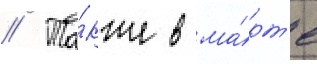
// Та́кже в ма́рт'е